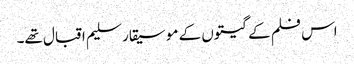
اس فلم کے گیتوں کے موسیقار سلیم اقبال تھے۔